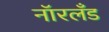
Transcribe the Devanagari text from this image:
नॉरलँड